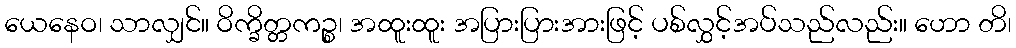
ယေနေဝ၊ သာလျှင်။ ဝိက္ခိတ္တကဉ္စ၊ အထူးထူး အပြားပြားအားဖြင့် ပစ်လွှင့်အပ်သည်လည်း။ ဟော တိ၊